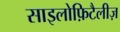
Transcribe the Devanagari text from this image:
साइलोफ़िटैलीज़